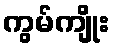
ကွမ်ကျိုး